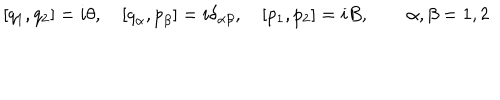
[ q _ { 1 } , q _ { 2 } ] = i \theta , \quad [ { q } _ { \alpha } , { p } _ { \beta } ] = i \delta _ { \alpha \beta } , \quad [ p _ { 1 } , p _ { 2 } ] = i B , \quad \quad \alpha , \beta = 1 , 2